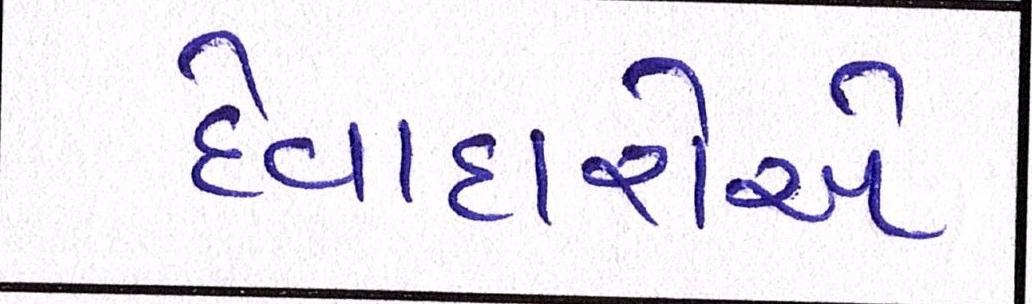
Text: દેવાદારોએ